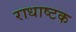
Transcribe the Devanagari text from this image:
राधाष्टक